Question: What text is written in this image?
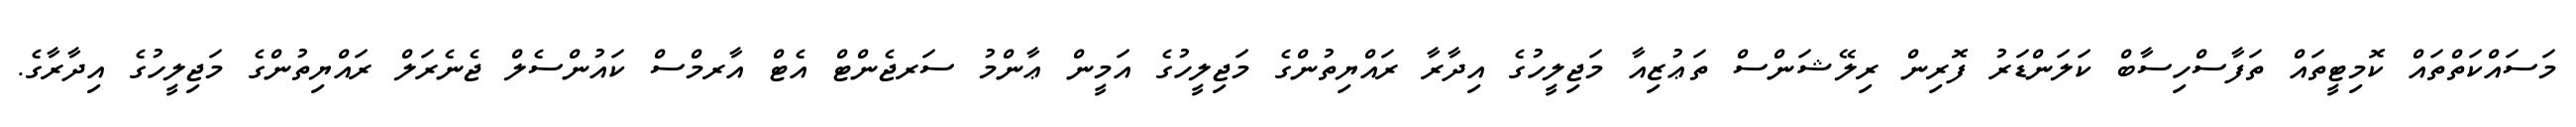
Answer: މަސައްކަތްތައް ކޮމިޓީތައް ތަފާސްހިސާބް ކަލަންޑަރު ފޮރިން ރިލޭޝަންސް ތަޢުޒިއާ މަޖިލީހުގެ އިދާރާ ރައްޔިތުންގެ މަޖިލީހުގެ އަމީން ޢާންމު ސަރޖެންޓް އެޓް އާރމްސް ކައުންސެލް ޖެނެރަލް ރައްޔިތުންގެ މަޖިލީހުގެ އިދާރާގެ.